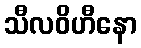
သီလဝိဟီနော